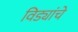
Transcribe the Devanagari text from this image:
विड्यांचे